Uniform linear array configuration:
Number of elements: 64
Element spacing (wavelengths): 0.5
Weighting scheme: hamming
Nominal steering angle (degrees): -45
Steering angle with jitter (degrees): -44.328
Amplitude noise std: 0.05
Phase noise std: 0.05

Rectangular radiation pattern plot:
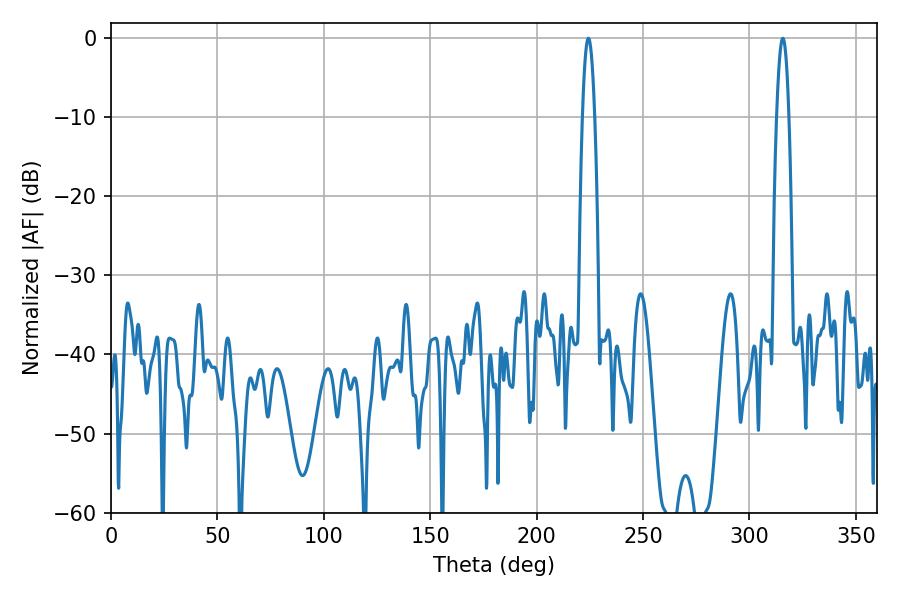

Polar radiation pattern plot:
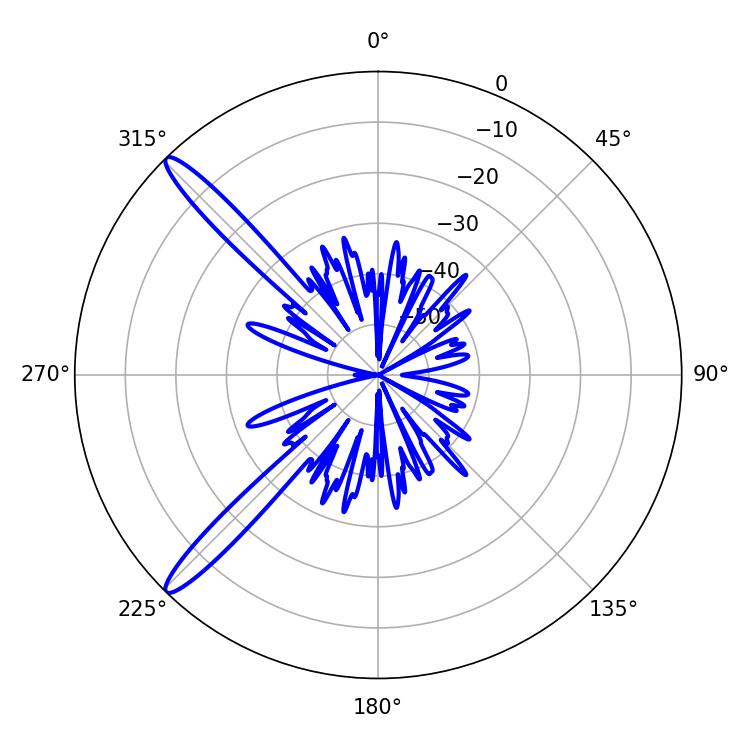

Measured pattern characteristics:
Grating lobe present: FALSE
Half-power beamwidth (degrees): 3.06
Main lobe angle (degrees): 224.28